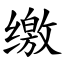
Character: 缴